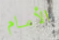
الأمام